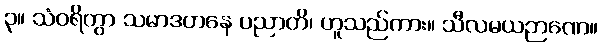
၃။ သံဝရိတွာ သမာဒဟနေ ပညာတိ၊ ဟူသည်ကား။ သီလမယဉာဏေ။